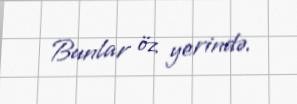
Bunlar öz yerində.